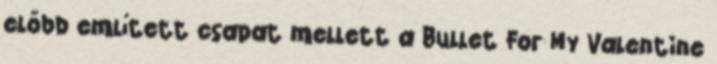
előbb emlí­tett csapat mellett a Bullet For My Valentine